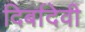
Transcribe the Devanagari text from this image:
दिर्बादेवी